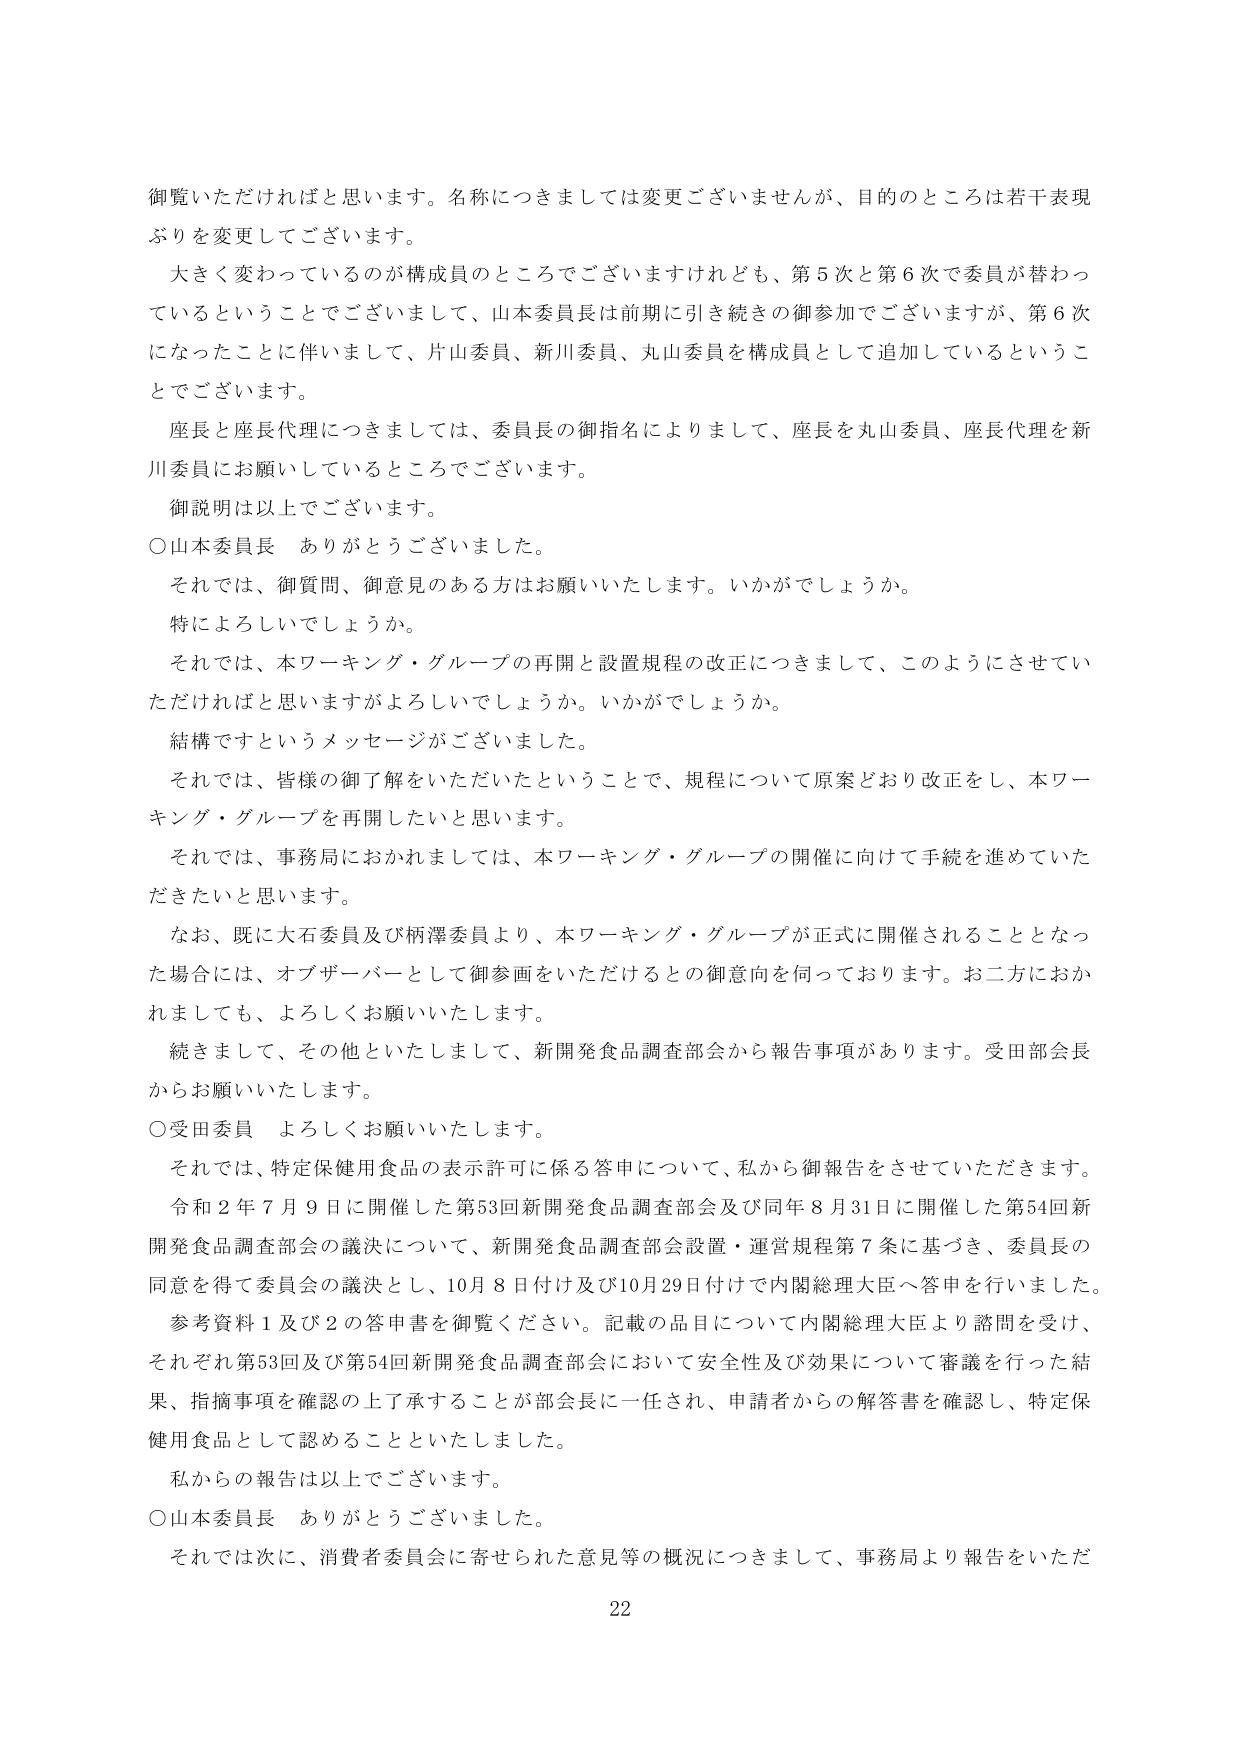
御覧いただければと思います。名称につきましては変更ございませんが、目的のところは若干表現ぶりを変更してございます。

大きく変わっているのが構成員のところでございますけれども、第5次と第6次で委員が替わっているということでございまして、山本委員長は前期に引き続きの御参加でございますが、第6次になったことに伴いまして、片山委員、新川委員、丸山委員を構成員として追加しているということでございます。

座長と座長代理につきましては、委員長の御指名によりまして、座長を丸山委員、座長代理を新川委員にお願いしているところでございます。

御説明は以上でございます。

○山本委員長　ありがとうございました。

それでは、御質問、御意見のある方はお願いいたします。いかがでしょうか。

特によろしいでしょうか。

それでは、本ワーキング・グループの再開と設置規程の改正につきまして、このようにさせていただければと思いますがよろしいでしょうか。いかがでしょうか。

結構ですというメッセージがございました。

それでは、皆様の御了解をいただいたということで、規程について原案どおり改正をし、本ワーキング・グループを再開したいと思います。

それでは、事務局におかれましては、本ワーキング・グループの開催に向けて手続を進めていただきたいと思います。

なお、既に大石委員及び柄澤委員より、本ワーキング・グループが正式に開催されることとなった場合には、オブザーバーとして御参画をいただけるとの御意向を伺っております。お二方におかれましても、よろしくお願いいたします。

続きまして、その他といたしまして、新開発食品調査部会から報告事項があります。受田部会長からお願いいたします。

○受田委員　よろしくお願いいたします。

それでは、特定保健用食品の表示許可に係る答申について、私から御報告をさせていただきます。

令和2年7月9日に開催した第53回新開発食品調査部会及び同年8月31日に開催した第54回新開発食品調査部会の議決について、新開発食品調査部会設置・運営規程第7条に基づき、委員長の同意を得て委員会の議決とし、10月8日付け及び10月29日付けで内閣総理大臣へ答申を行いました。

参考資料1及び2の答申書を御覧ください。記載の品目について内閣総理大臣より諮問を受け、それぞれ第53回及び第54回新開発食品調査部会において安全性及び効果について審議を行った結果、指摘事項を確認の上了承することが部会長に一任され、申請者からの解答書を確認し、特定保健用食品として認めることがといたしました。

私からの報告は以上でございます。

○山本委員長　ありがとうございました。

それでは次に、消費者委員会に寄せられた意見等の概況につきまして、事務局より報告をいただ

22